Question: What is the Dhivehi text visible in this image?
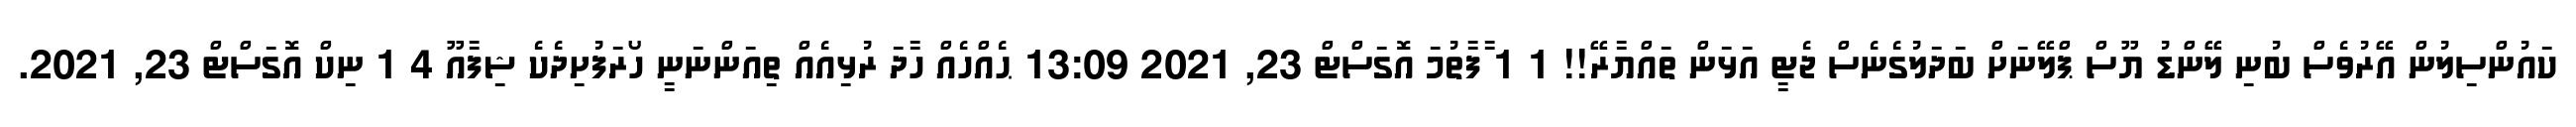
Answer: ކައުންސިލުން އޭރުވެސް ބުނި ލޭންޑު ޔޫސް ޕްލޭނަށް ބަދަލުގެނެސް ޖެޓީ އަޅަން ތައްޔާރޭ!! 1 1 ާފާތުމަ އޮގަސްޓް 23, 2021 13:09 ޙެއްހެއް ހާދަ ރުޅިއެއް ތިއަންނަނީ ހޯރަފުށިދެކެ ޝިފާއޫ 4 1 ނިކް އޮގަސްޓް 23, 2021.